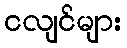
ငလျင်များ